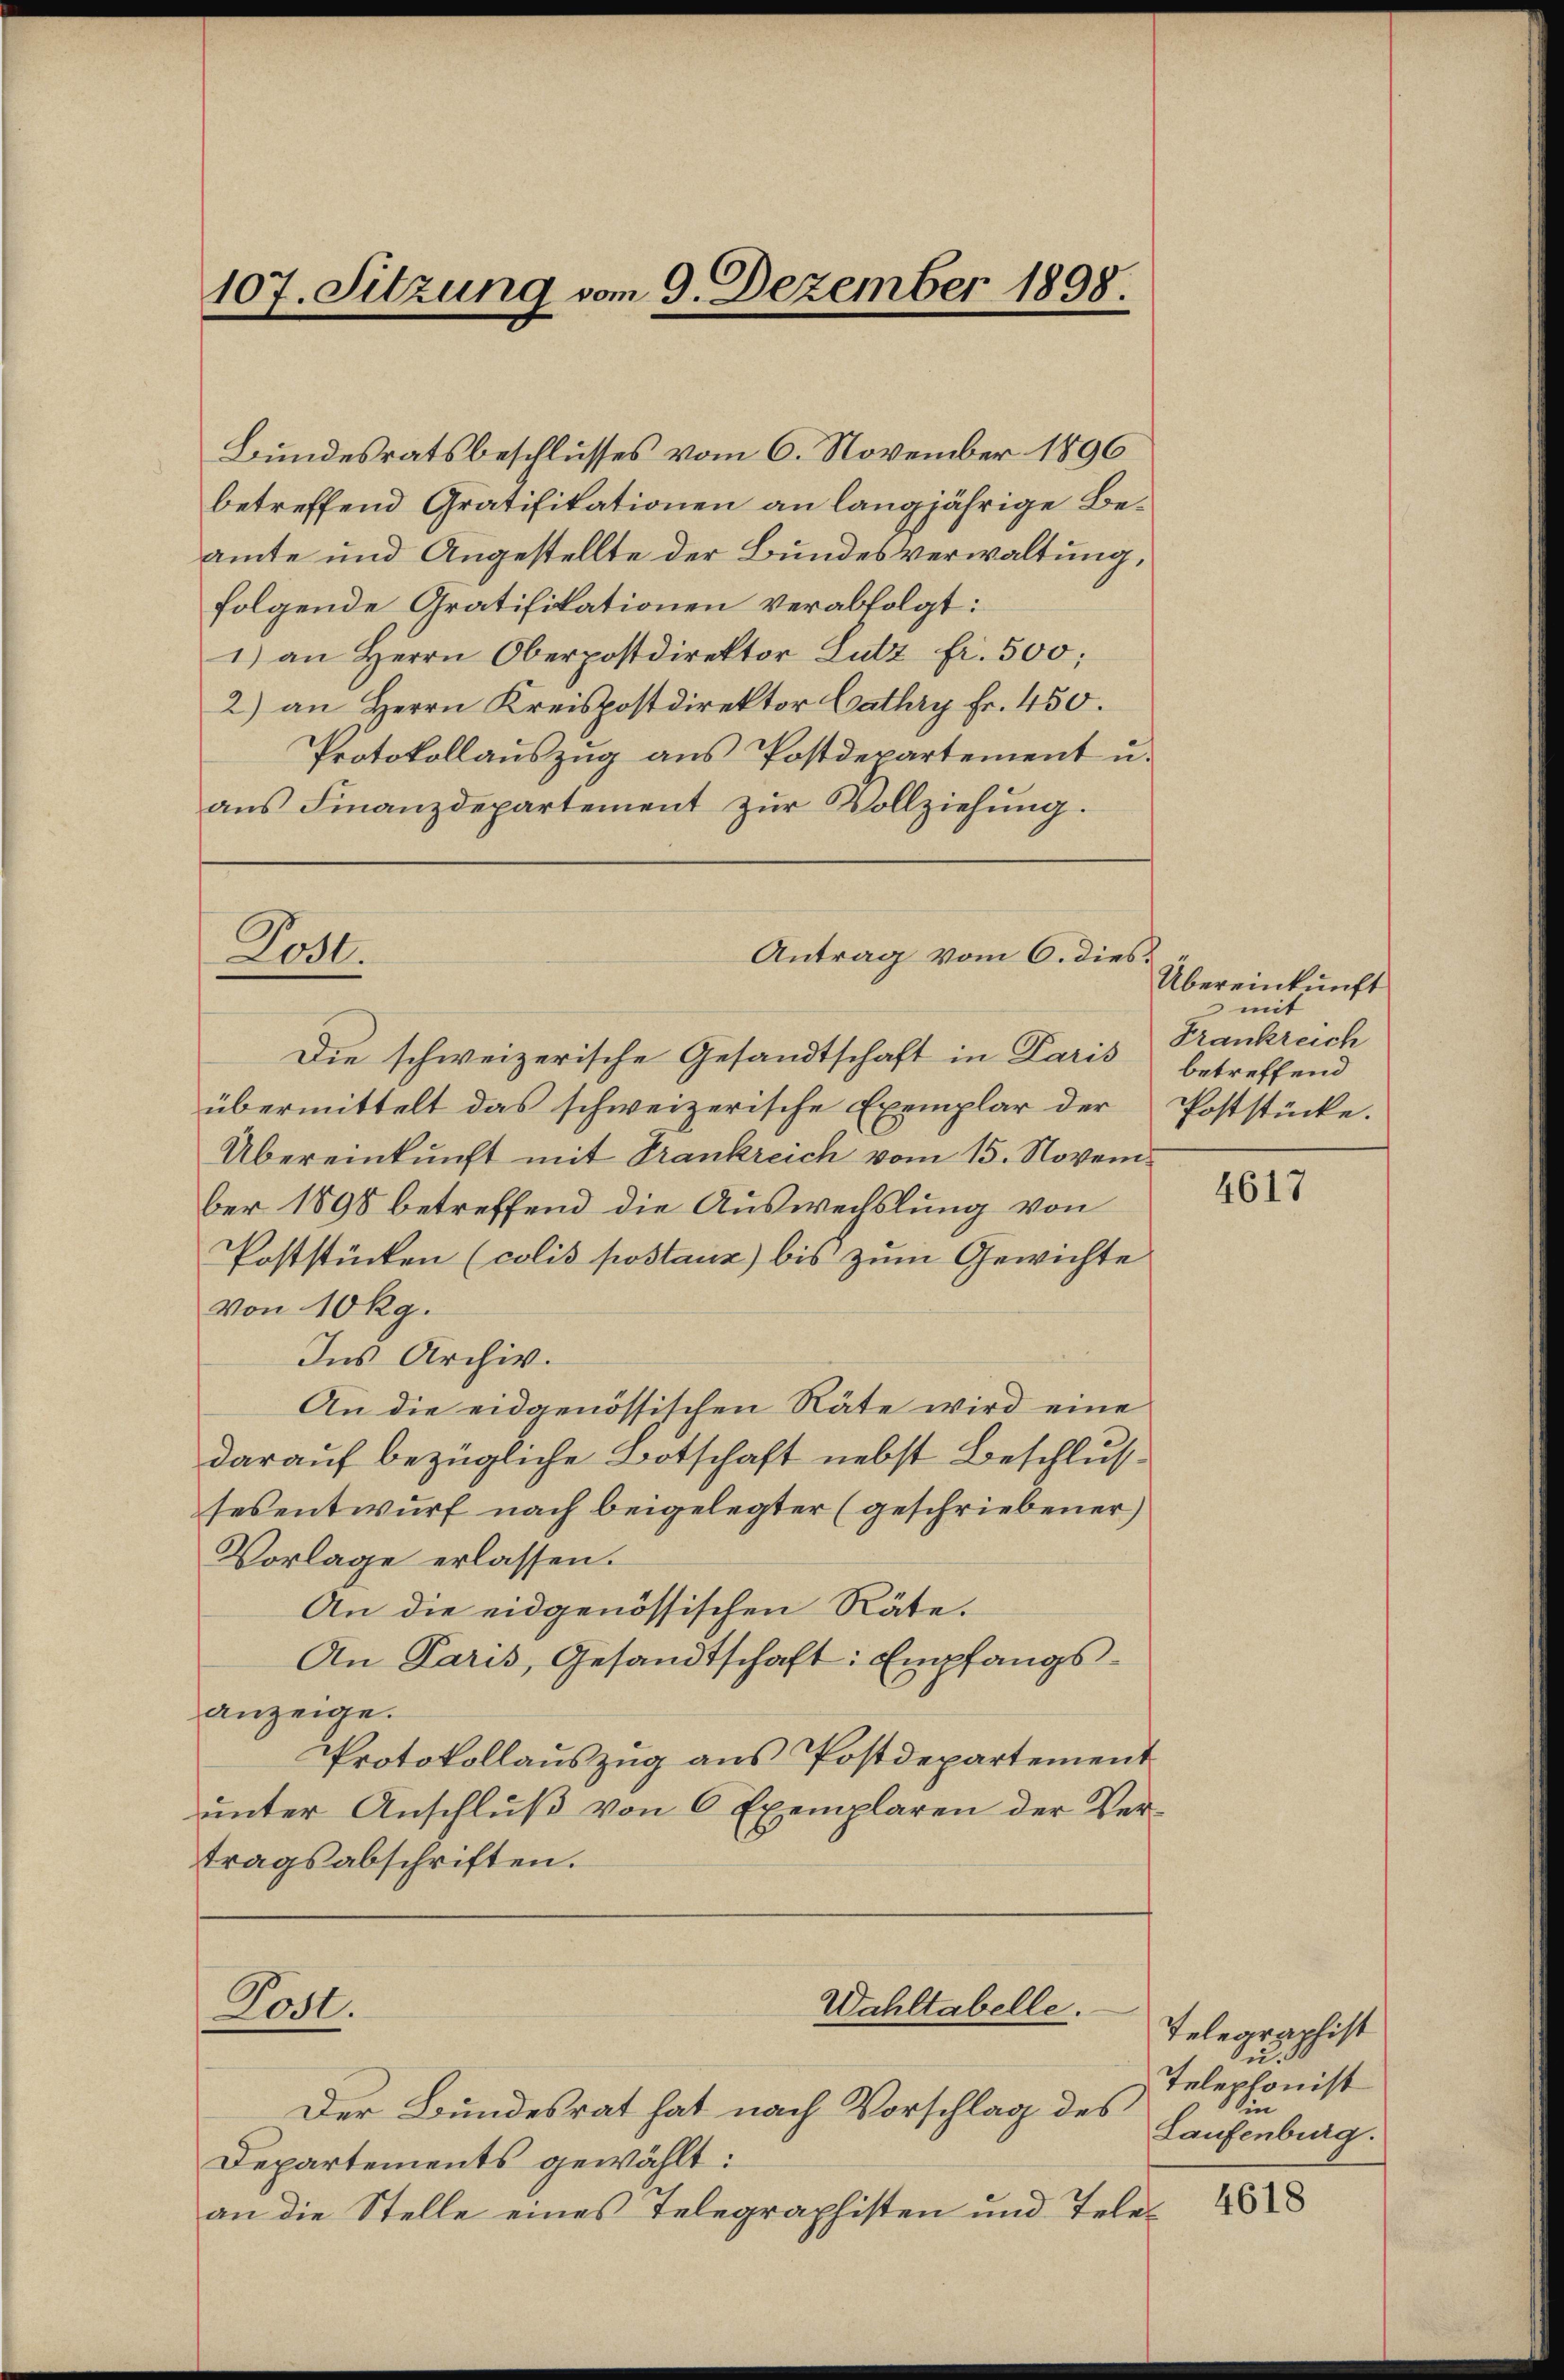
107. Sitzung vom 9. Dezember 1898.

betreffend Gratifikationen an langjährige Beamte und Angestellte der Bundesverwaltung,
folgende Gratifikationen verabfolgt:
1) an Herrn Oberpostdirektor Lutz fr. 500;
2) an Herrn Kreispostdirektor Cathry fr. 450.
Protokollaŭszŭg aŭs Postdepartement u.
ans Finanzdepartement zŭr Vollziehŭng.

Post.

Die schweizerische Gesandtschaft in Paris
übermittelt das schweizerische Exemplar der
Übereinkunft mit Trankreich vom 15. November 1898 betreffend die Auswechslung von
Poststücken (colis postanz) bis zum Gewichte
von 10 Rg.
Ins Archiv.
An die eidgenössischen Räte wird eine
darauf bezügliche Botschaft nebst Beschlus
sesentwurf nach beigelegter (geschriebener)
Vorlage erlassen.
An die eidgenössischen Räte.
An Paris, Gesandtschaft: Empfangsanzeige.
Protokollauszug aus Postdepartement
unter Anschluß von 6 Exemplaren der Vertragsabschriften.

Post.

Bundesratsbeschlusses vom 6. November 1896

Antrag vom 6. dies

Wahltabelle.

Übereinkunft
mit
Frankreich
betreffend
Poststücke.

Der Bundesrat hat nach Vorschlag des
Departements gewählt:
an die Stelle eines Telegraphisten und Tele¬

4617

Telegraphist
u. 30
Telephonist
ie
Laufenburg.

4618